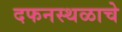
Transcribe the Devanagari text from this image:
दफनस्थळाचे